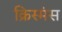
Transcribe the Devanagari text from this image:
क्रिस्मंस